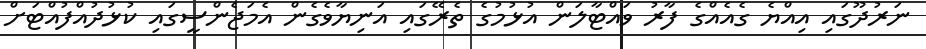
ނަރުދޫގައި އިއްޔެ ގެއެއްގެ ފާރު ވައްޓާލަން އުޅުމުގެ ތެރޭގައި އަނިޔާވެގެން އެމަޖެންސީގައި ކުޅުދުއްފުއްޓަށް